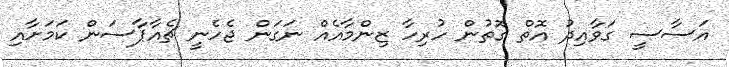
އަސާސީ ގަވާއިދު އޮތް ގޮތުން ހުރިހާ ޒިންމާއެއް ނަގަން ޖެހެނީ ޗެއާޕާސަން ކަމަށާއި